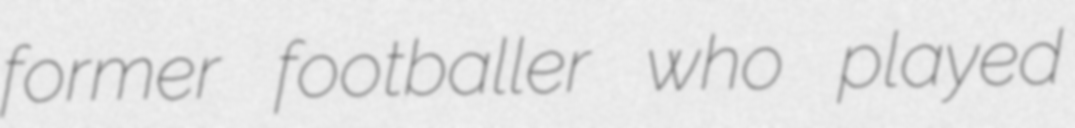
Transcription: former footballer who played